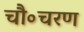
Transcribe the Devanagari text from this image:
चौ॰चरण